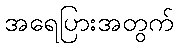
အရေပြားအတွက်